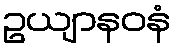
ဥယျာနဝနံ